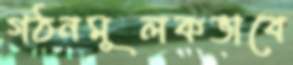
গঠনমূলকভাবে